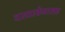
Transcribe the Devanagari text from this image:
दस्तावेजासह